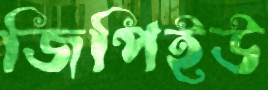
জিপিইউ